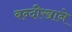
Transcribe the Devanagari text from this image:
बन्दीखाने